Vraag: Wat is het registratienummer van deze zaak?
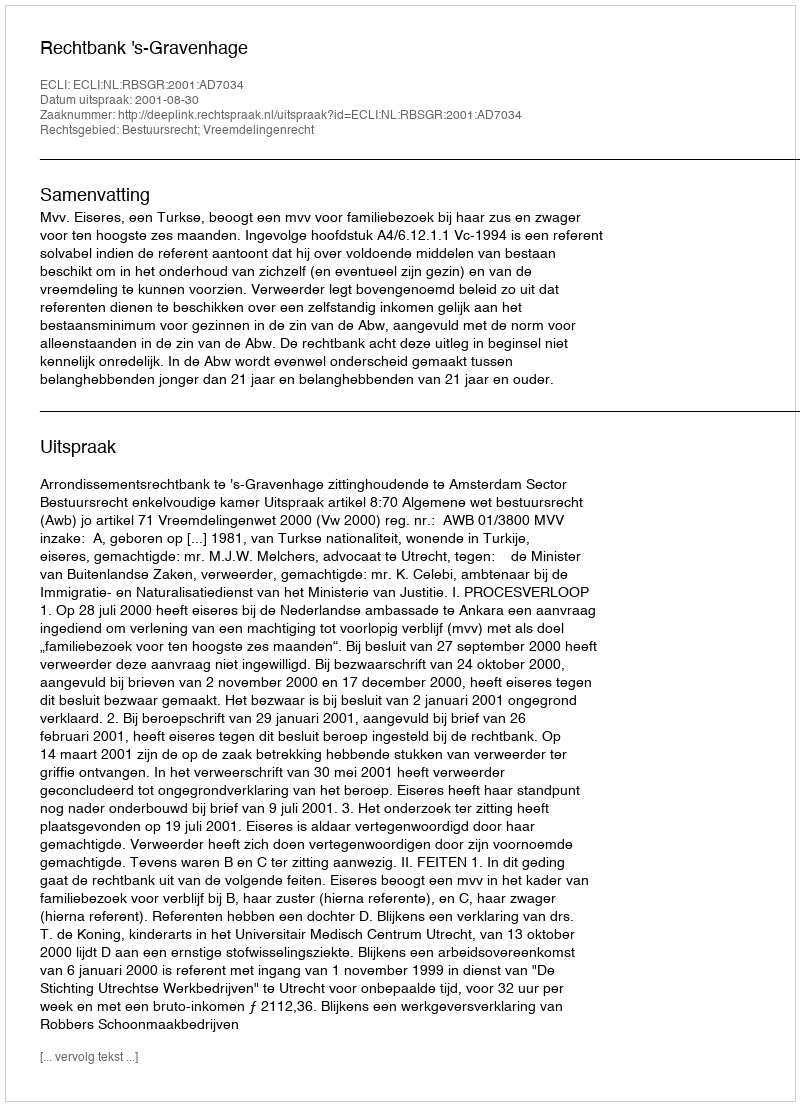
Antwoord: http://deeplink.rechtspraak.nl/uitspraak?id=ECLI:NL:RBSGR:2001:AD7034